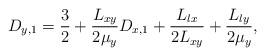
LaTeX: \begin{align*}D_{y,1} = \frac{3}{2}+\frac{L_{xy}}{2\mu_{y}}D_{x,1}+\frac{L_{lx}}{2L_{xy}}+\frac{L_{ly}}{2\mu_{y}},\end{align*}